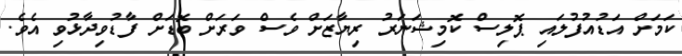
ކަމަށް އަޑުއުފުލައި ޕޮލިސް ކޮމިޝަނަރު ރިޔާޒަށް ވެސް ވަރަށް ބޮޑަށް ފާޑުވިދާޅުވި އެވެ.